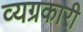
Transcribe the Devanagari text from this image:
व्यग्रकारी